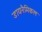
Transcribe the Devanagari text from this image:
डायनैमिकल